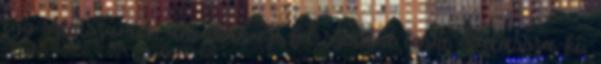
egy szintszámot, ahonnan ezt fel szeretné venni. Válassza ki,